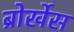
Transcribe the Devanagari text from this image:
ब्रोर्खेस